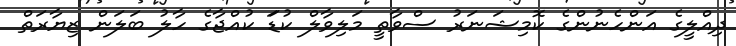
ދިއްލީގެ އަންހެނުންގެ ކޮމިޝަނަރު ސްވާތީ މަލިވާލް ކުޑަަ ކުއްޖާގެ ހާލު ބަލަން ޒިޔާރަތް